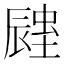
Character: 𨑉